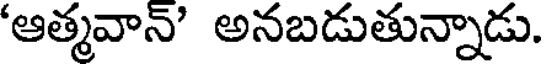
'ఆత్మవాన్' అనబడుతున్నాడు.